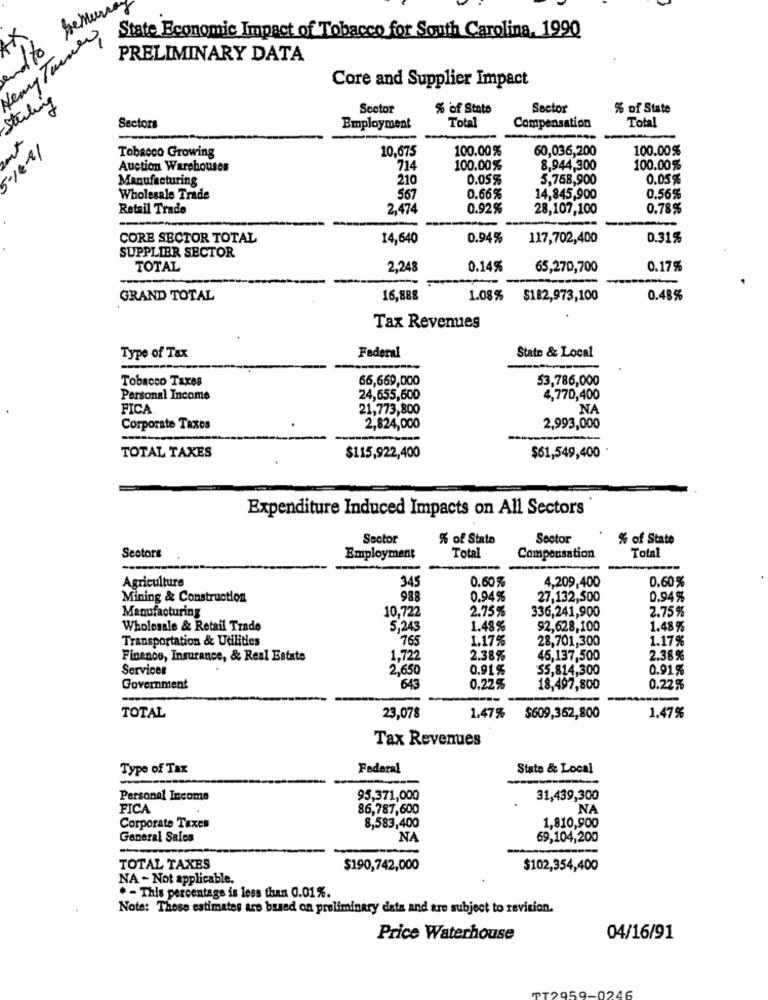
Fremer
State Economic Impact of Tobacco for South Carolina, 1990
PRELIMINARY DATA
Core and Supplier Impact
Sterling
Sector
% of State
Sector
% of State
Sectors
Total
Compensation
Total
Employment
10,675
100.00%
60,036,200
100.00%
Tobacco Growing
Auction Warehouses
714
100.00%
8,944,300
100.00%
13-7/09
Manufacturing
210
0.05%
5,758,900
0.05%
Wholesale Trade
567
0.66%
14,845,900
0.56%
Retail Trade
2.474
0.92%
28,107,100
0.78%
--
CORE SECTOR TOTAL
14,640
0.94%
117,702,400
0.31%
SUPPLIER SECTOR
TOTAL
2,248
0.14%
65,270,700
0.17%
-------
GRAND TOTAL
16,888
1.08% $182,973,100
0.48%
Tax Revenues
State & Local
Type of Tax
Federal
Tobacco Taxes
66,669,000
53,786,000
Personal Income
24,655,600
4,770,400
FICA
21,773,800
NA
Corporate Taxos
2,824,000
2,993,000
TOTAL TAXES
$115,922,400
$61,549,400
Expenditure Induced Impacts on All Sectors
Sector
% of State
Sector
% of State
Total
Seotors
Employment
Total
Compensation
Agriculture
345
0.60%
0.60%
4,209,400
Mining & Construction
988
0.94%
27,132,500
0.94%
Manufacturing
2.75%
336,241,900
2.75%
10,722
Wholesale & Retail Trade
5,243
1.48%
92,628,100
1.48%
Transportation & Utilities
765
1.17%
28,701,300
1.17%
Finence, Insurance, & Real Estate
1,722
2.38%
45,137,500
2.38%
Services
2,650
0.91%
55,814,300
0.91%
Government
643
0.22%
18,497,800
0.22g
-
---
TOTAL
23,078
1.47%
$609,362,800
1,47%
Tax Revenues
Type of Tax
Federal
Stato & Local
Personal Income
95,371,000
31,439,300
FICA
86,787,600
NA
Corporate Taxen
8,583,400
1,810,900
General Sales
NA
69,104,200
TOTAL TAXES
$190,742,000
$102,354,400
NA - Not applicable.
. - This percentage is less than 0.01%.
Note: These estimates are based on preliminary data and are subject to revision.
Price Waterhouse
04/16/91
59-024